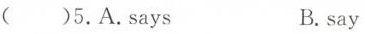
()5.A.Says B.say